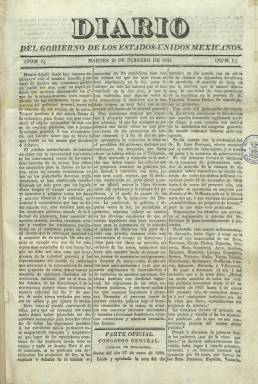
Título: Diario del Gobierno de los Estados Unidos Mexicanos
Colección: Gacetas
Ámbito geográfico: México
Lugar de publicación: México
Fechas: 10/02/1835-05/10/1835